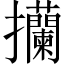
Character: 𢺤